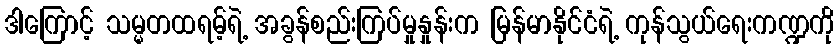
ဒါကြောင့် သမ္မတထရမ့်ရဲ့ အခွန်စည်းကြပ်မှုနှုန်းက မြန်မာနိုင်ငံရဲ့ ကုန်သွယ်ရေးကဏ္ဍကို